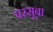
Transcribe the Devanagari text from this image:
परसूबा